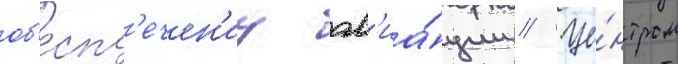
об'есп'ечен'иу ав'иа́ции // Це́нтром